Bréfritari: Stefanía Siggeirsdóttir
Viðtakandi: Páll Pálsson
Dagsetning: A-1867-03-05
Skrifað á: Hraungerði  Árn.
Stefanía var bróðurdóttir Páls Pálssonar

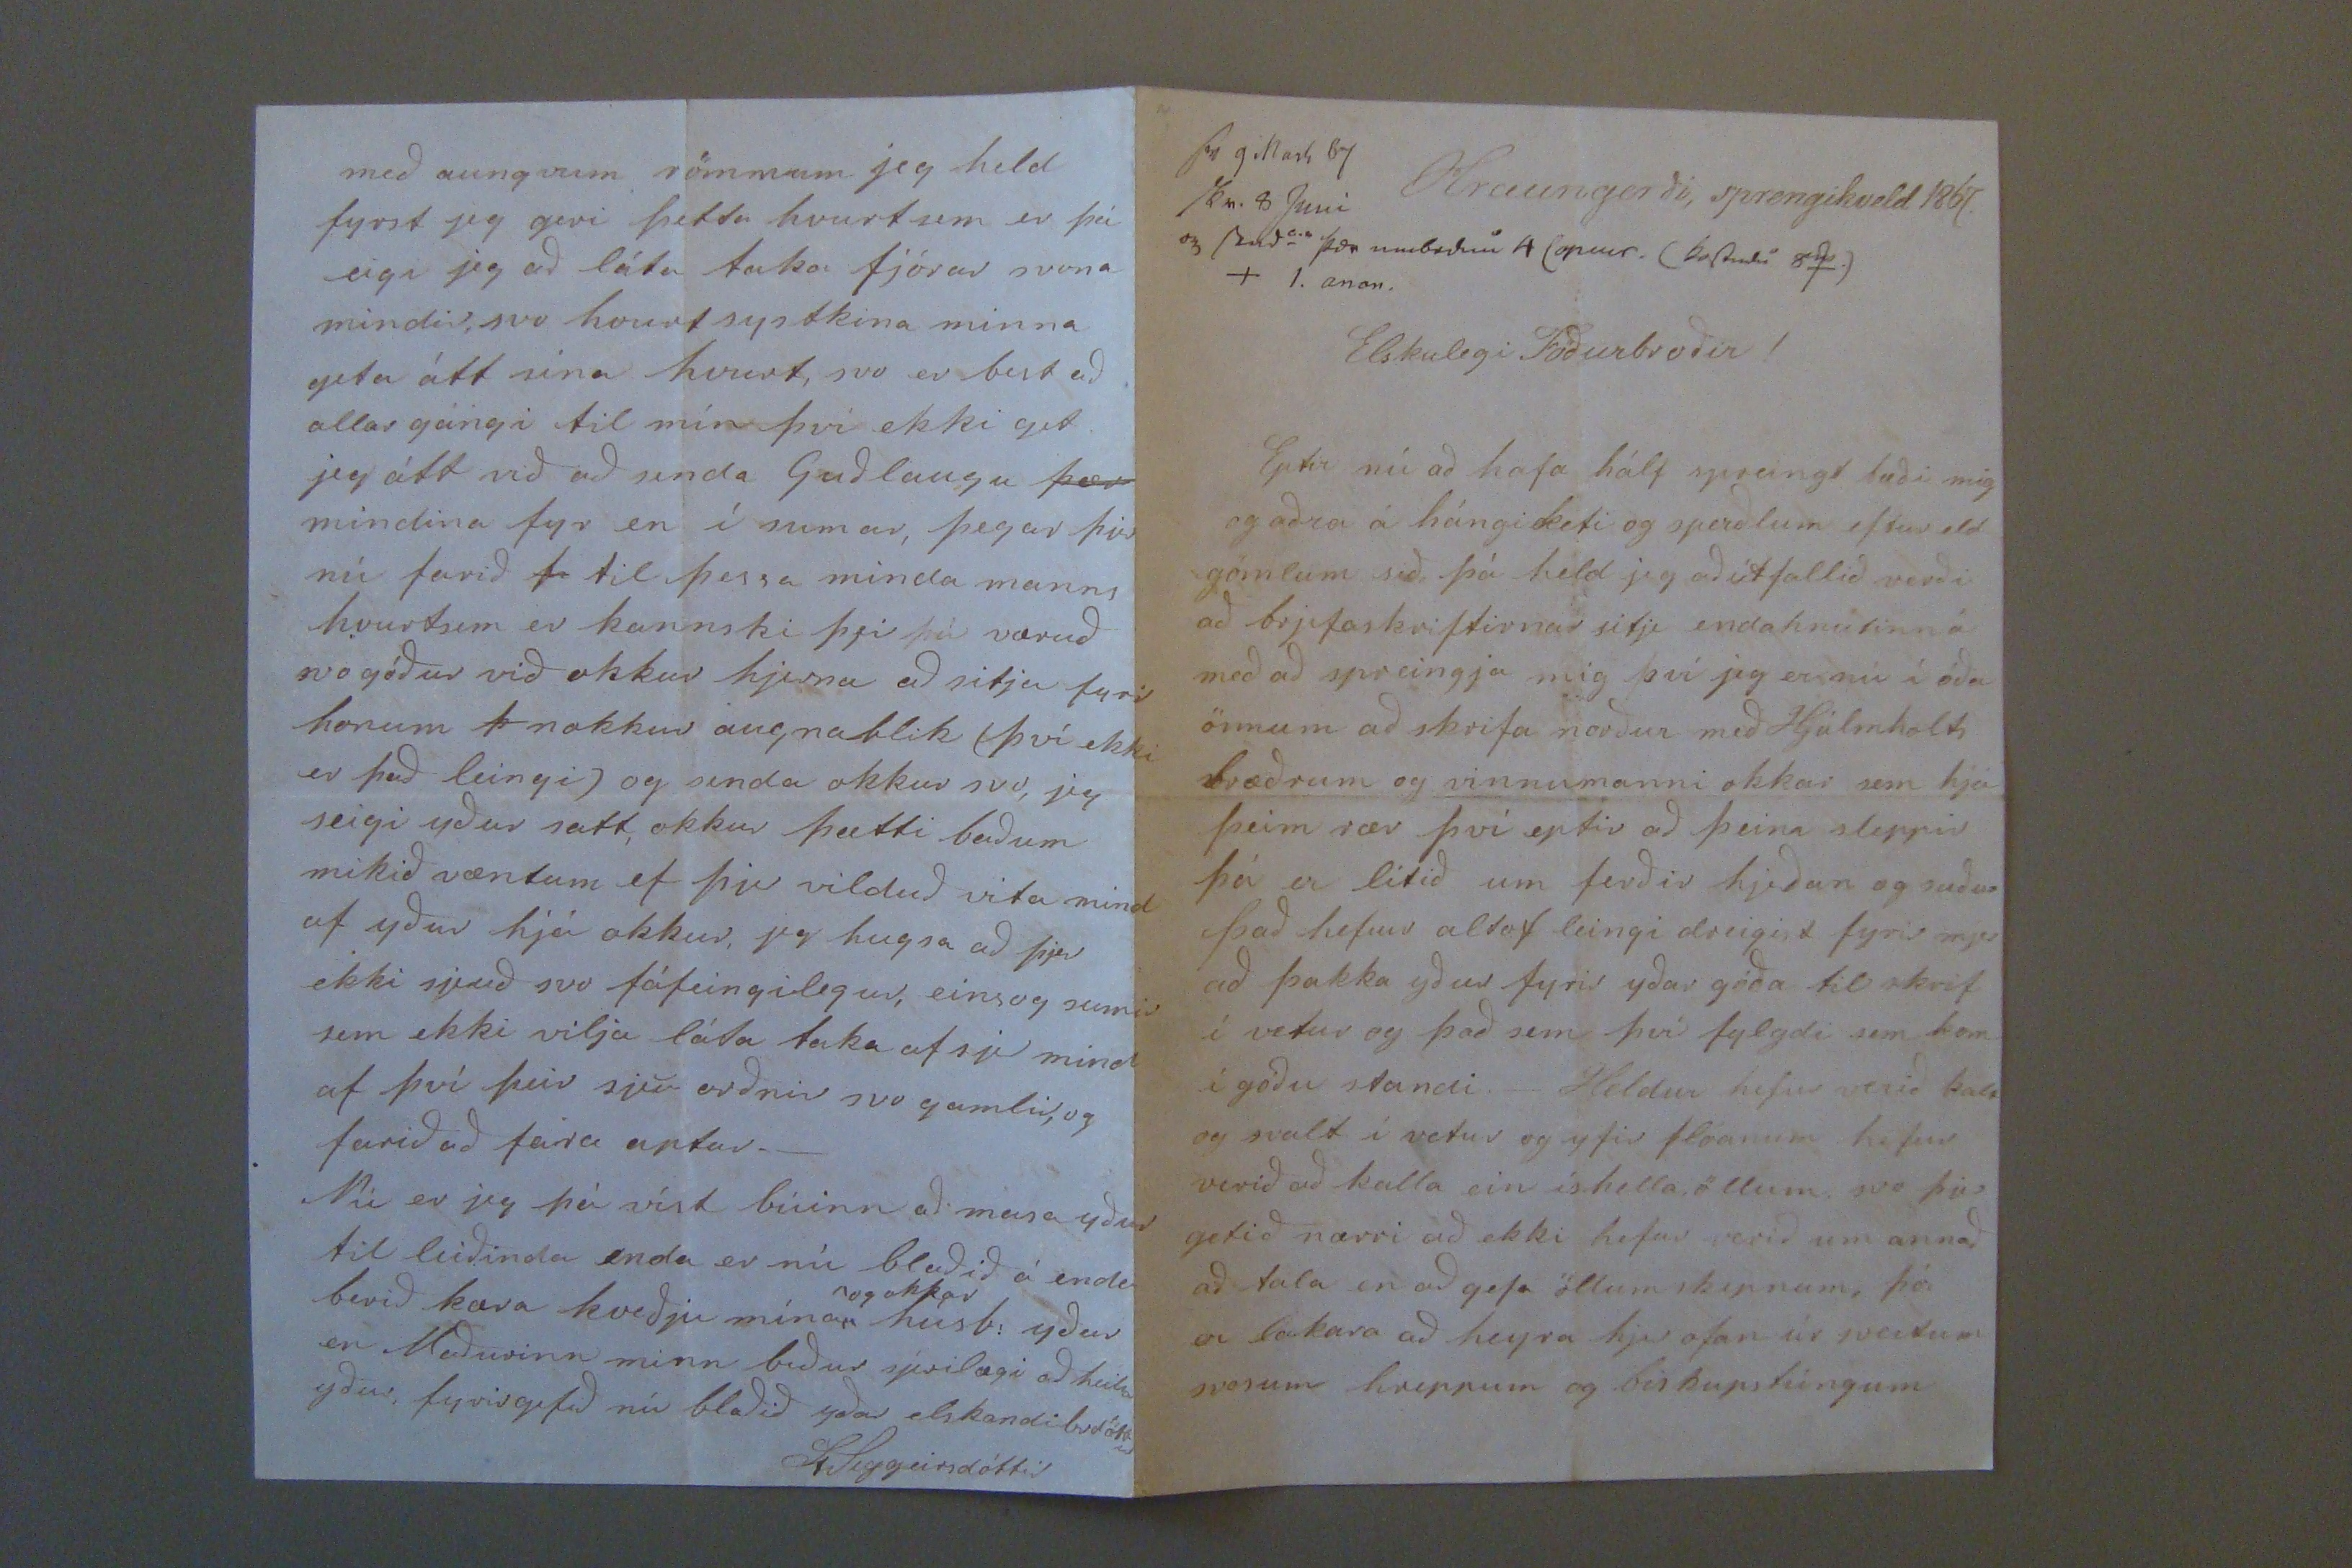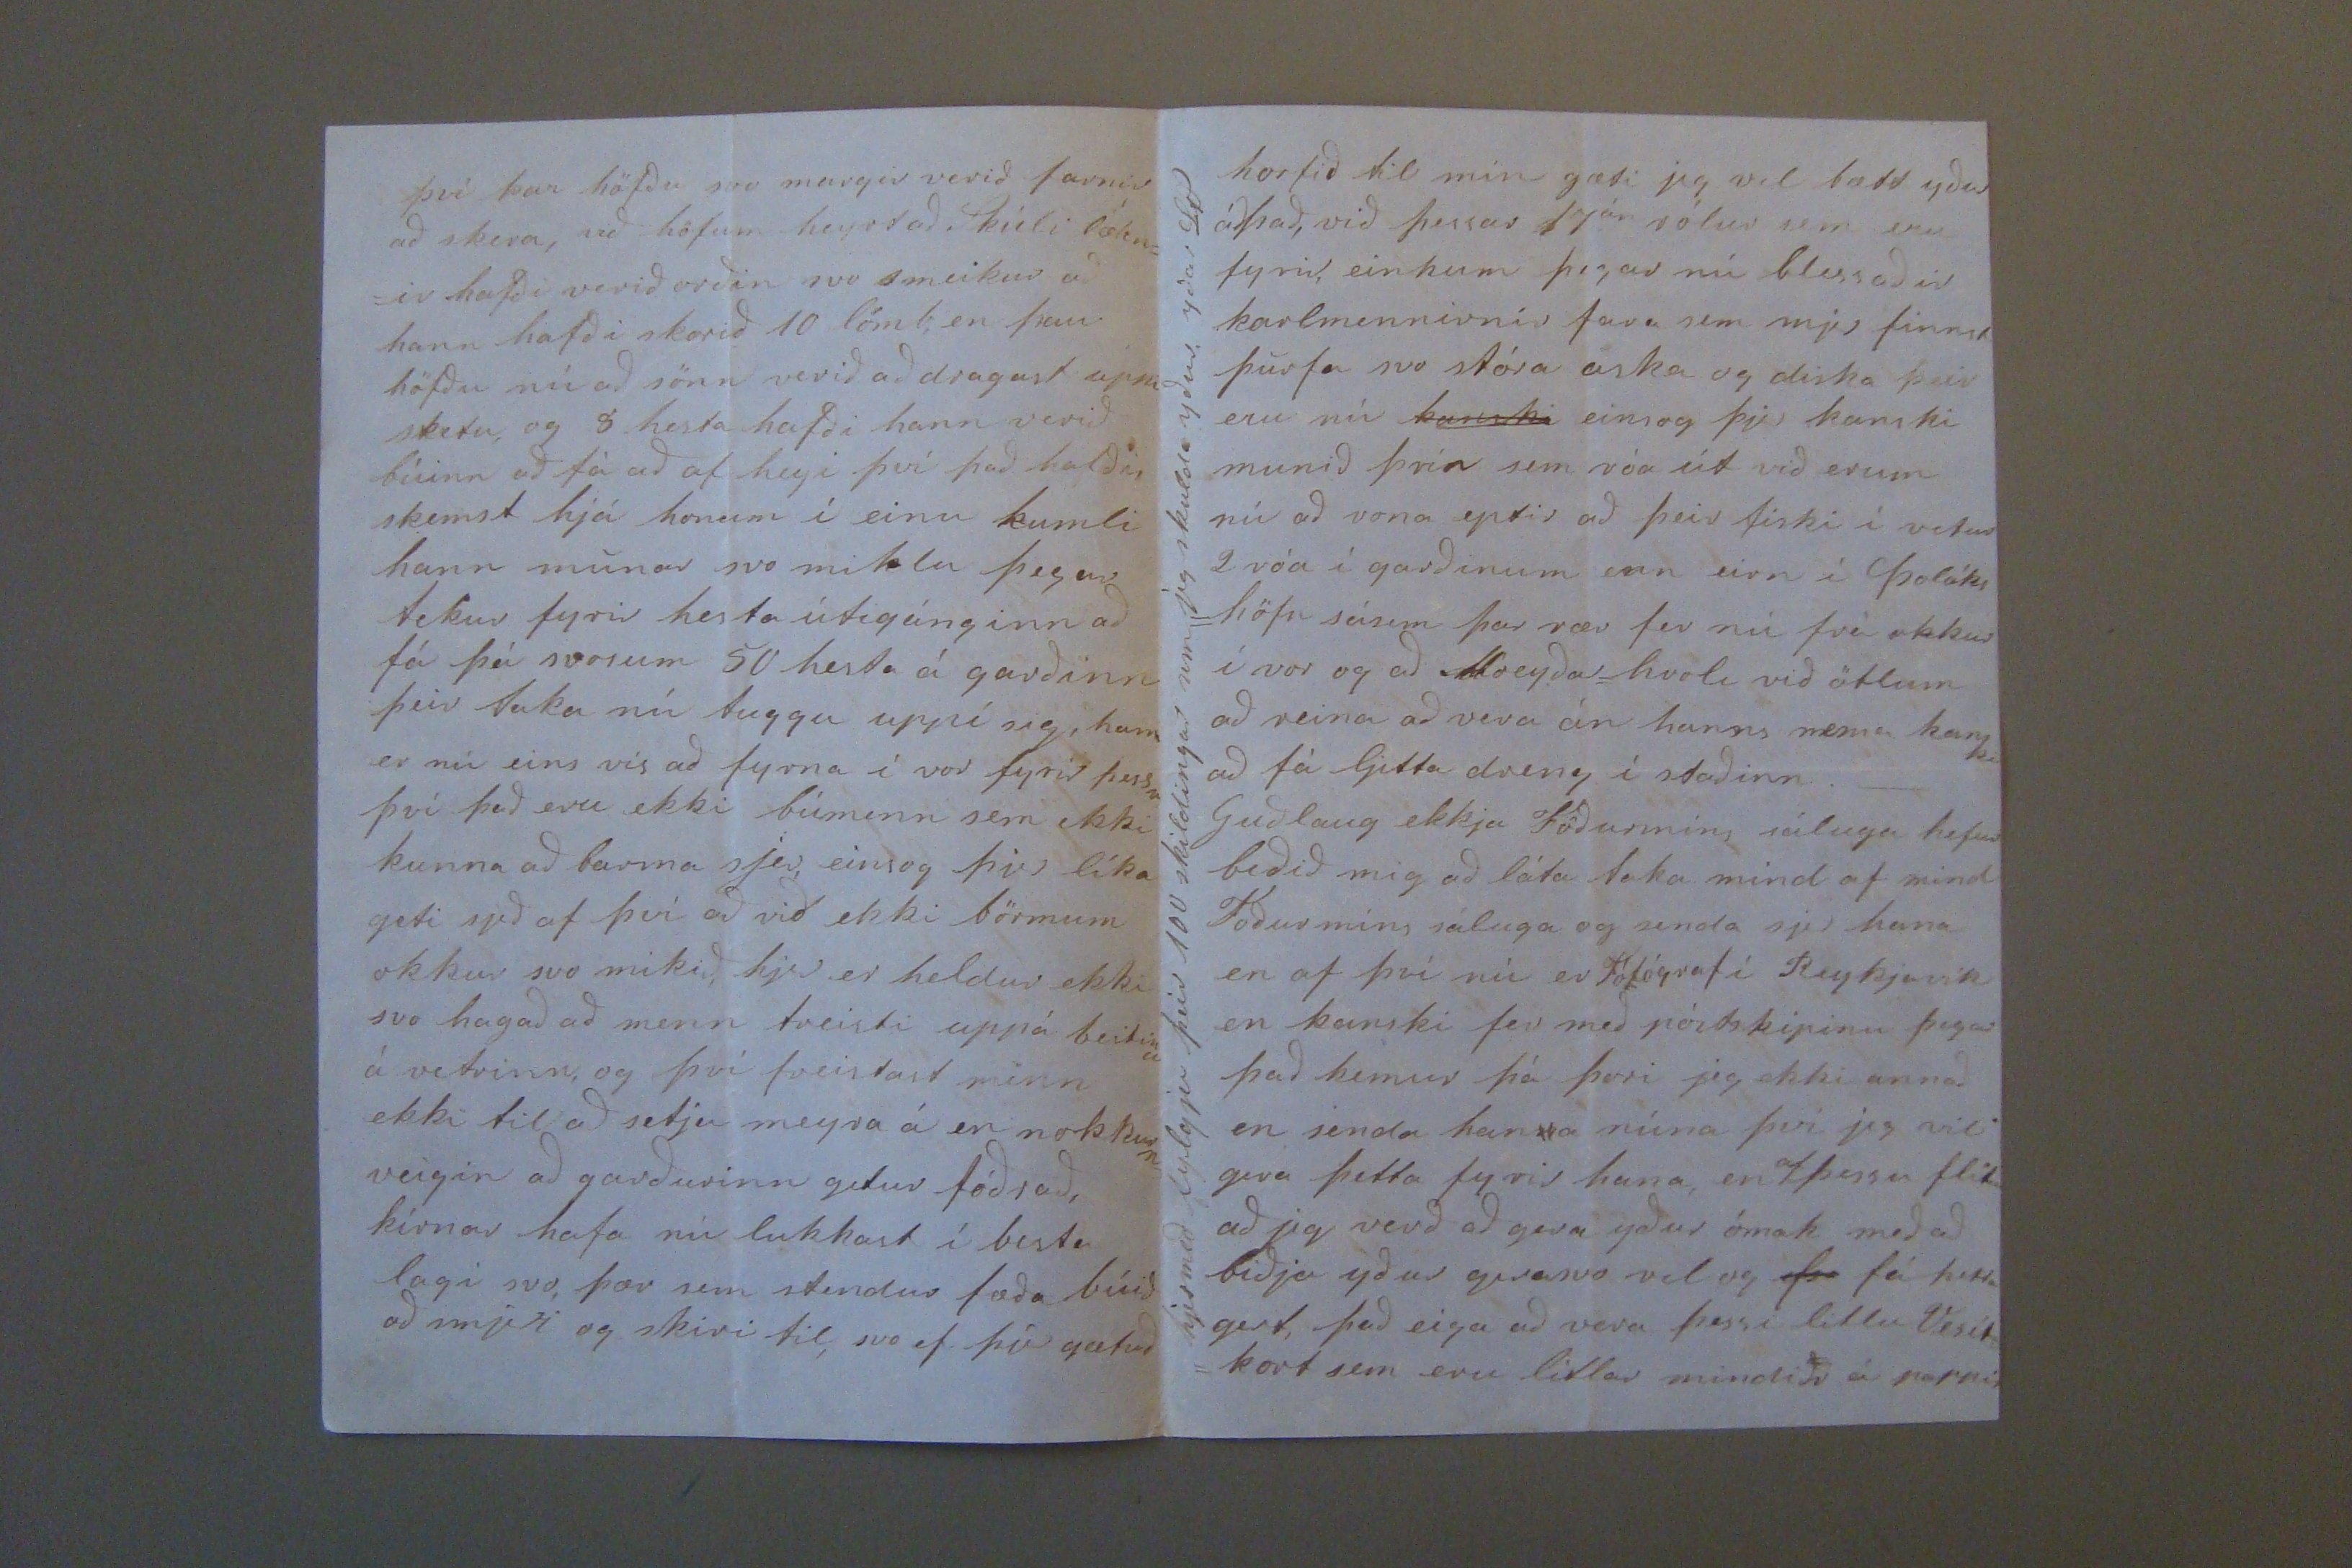

sv 9 Mart 67 skr. 8 Juni og send
0.0 þor umbedin 4 (op00r. (kostudu 800.)
Hraungerði, sprengikveld 1867.
Elskulegi Föðurbroðir!
Eptir nú að hafa hálf spreingt bæði mig og aðra á hángiketi og sperðlum eftir eld gömlum sið þá held jeg að útfallið verði að brjefaskriftirnar sitji endahnútinn á með að spreingja mig því jeg er nú í óða önnum að skrifa norður með Hjálmholts bræðrum og vinnumanni okkar sem hjá þeim rær því eptir að þeim sleppir þá er lítið um ferðir hjeðan og suður það hefur altaf leingi dreigist fyrir mjer að þakka yður fyrir yðar góða til skrifa í vetur og það sem því fylgdi sem kom í góðu standi._ Heldur hefur verið kalt og svalt í vetur og yfir flóanum hefur verið að kalla ein íshella öllum svo þjer getið nærri að ekki hefur verið um annað að tala en að gefa öllum skepnum, þó er lakara að heyra hjer ofan úr sveitum svosum hreppum og biskupstúngum
því þar höfðu svo margir verið farnir að skera, við höfum heyrt að Skúli lækn= =ir hafði verið orðin svo smeikur að hann hafði skorið 10 lömb, en þau höfðu nú að sönn verið að dragast uppi sketu, og 8. hesta hafði hann verið búinn að fá að af heyi því það hafði, skemst hjá honum í einu kumli hann munar svo miklu þegar tekur fyrir hesta útigánginn að fá þá svosum 50 hesta á garðinn þeir taka nú tuggu uppí sig, hann er nú eins vís að fyrna í vor fyrir þessar því það eru ekki búmenn sem ekki kunna að barma sjer, einsog þjer líka geti sjeð af því að við ekki börmum okkur svo mikið, hjer er heldur ekki svo hagað að menn treisti uppá beitinu á vetrinn, og því freistast minn ekki til að setja meyra á en nokkurn veigin að garðurinn getur fóðrað, kírnar hafa nú lukkast í besta lagi svo, þær sem stendur fæða búið að smjeri og skiri til, svo ef þú gætuð
horfið til mín gæti jeg vel bætt yður
ádfrað
, við þessar þrjár rólur sem eru fyrir, einkum þegar nú blessaðir karlmennirnir fara sem mjer finnst þurfa svo stóra aska og diska þeir eru nú
kanski
einsog þjer kanski munið því
n
sem róa út við erum nú að vona eptir að þeir fiski í vetur 2 róa í garðinum enn eirn í Þoláks = höfn sásem þar rær fer nú frá okkur í vor og að Moeyðar= hvoli við ötlum að reina að vera án hanns nema kanski að fá ljetta dreng í staðinn._ Guðlaug ekkja Föðurmins sáluga hefur beðið mig að láta taka mind af mind Foður míns sáluga og senda sjer hana en af því nú er Fótógraf í Reykjavík en kanski fer með póstskipinu þegar það kemur þá þori jeg ekki annað en senda han
0
a núna því jeg vil gera þetta fyrir hana, en
af
þessu flítu að jeg verð að gera yður ómak með að biðja yður gerasvo vel og
þa
fá þetta gert, það eiga að vera þessi litlu Vesít = kort sem eru litlar mindi
r
á pappir
hjer með fylgja þeir 100 skildingar sem jeg skulda yður. yðar StS
með aungvum römmum jeg held fyrst jeg geri þetta hvurt sem er þá eigi jeg að láta taka fjórar svona mindir, svo hvurt systkina minna geta átt sina hvurt, svo er best að allar gángi til mín því ekki get jeg átt við að senda Guðlaugu
þær
mindina fyr en í sumar, þegar þjer nú farið
þi
til þessa minda manns hvurtsem er kannski þjer þá væruð svo góður við okkur hjerna að sitja fyrir honum
þ
nokkur augnablik (því ekki er það leingi) og senda okkur svo, jeg seigi yður satt, okkur þætti baðum mikið væntum ef þjer vilduð vita mind af yður hjá okkur, jeg hugsa að þjer ekki sjeuð svo fáfeingilegur, einsog sumir sem ekki vilja láta taka af sjer mind af því þeir sjeu orðnir svo gamlir, og farið að fara aptur._ Nú er jeg þá víst búinn að masa yður til leiðinda enda er nú blaðið á enda berið kæra kveðju mína
og okkar
húsb: yður en Maðurinn minn biður sjerilægi að heilsa yður, fyrirgefið nú blaðið yðar elskandi brdóttir
St Siggeirsdóttir